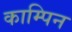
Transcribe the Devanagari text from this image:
काम्पिन